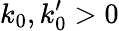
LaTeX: k_{0},k_{0}^{\prime}>0